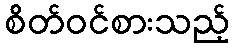
စိတ်ဝင်စားသည့်